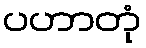
ပဟာတုံ